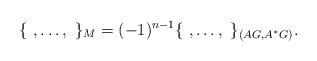
LaTeX: \begin{align*} \{ ~, \ldots, ~\}_M = (-1)^{n-1}\{ ~, \ldots, ~\}_{(AG, A^*G)} .\end{align*}